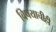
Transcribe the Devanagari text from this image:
विषयाचीही